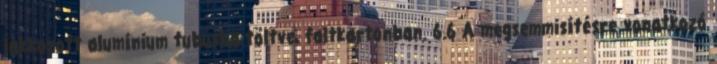
lakkozott alumínium tubusba töltve, faltkartonban. 6.6 A megsemmisítésre vonatkozó